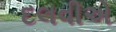
દલવીએ